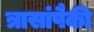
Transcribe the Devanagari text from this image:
त्रासांपैकी